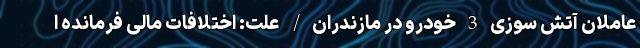
عاملان آتش سوزی 3 خودرو در مازندران/ علت: اختلافات مالی فرمانده ا